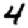
Digit: 4